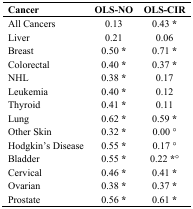
| Cancer | OLS-NO | OLS-CIR |
 | --- | --- | --- |
 | All Cancers | 0.13 | 0.43 * |
 | Liver | 0.21 | 0.06 |
 | Breast | 0.50 * | 0.71 * |
 | Colorectal | 0.40 * | 0.37 * |
 | NHL | 0.38 * | 0.17 |
 | Leukemia | 0.40 * | 0.12 |
 | Thyroid | 0.41 * | 0.11 |
 | Lung | 0.62 * | 0.59 * |
 | Other Skin | 0.32 * | 0.00 ° |
 | Hodgkin’s Disease | 0.55 * | 0.17 ° |
 | Bladder | 0.55 * | 0.22 *° |
 | Cervical | 0.46 * | 0.41 * |
 | Ovarian | 0.38 * | 0.37 * |
 | Prostate | 0.56 * | 0.61 * |